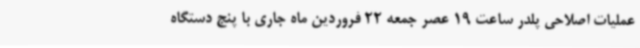
عملیات اصلاحی پلدر ساعت 19 عصر جمعه 22 فروردین ماه جاری با پنج دستگاه